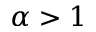
\alpha > 1